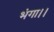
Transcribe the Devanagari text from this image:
भंगा।।